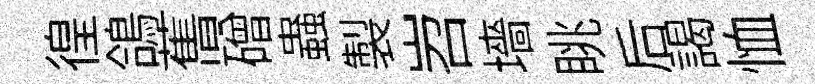
徨鴿𦾔磳蟲製岧墻眺后謁恤